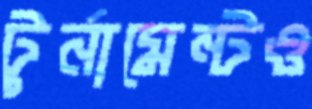
টুর্নামেন্টও